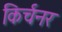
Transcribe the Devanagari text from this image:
किर्चनर